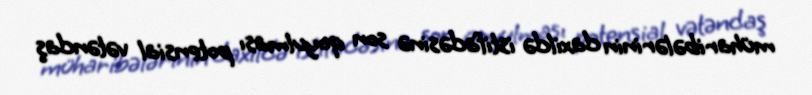
müharibələrinin daxildə istifadəsinə son qoyulması potensial vətəndaş